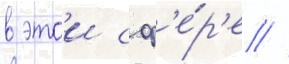
в этои сф'е́р'е //